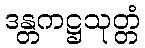
ဒန္တကဋ္ဌသုတ္တံ